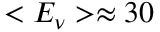
< E _ { \nu } > \approx 3 0